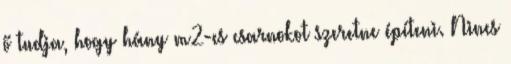
ő tudja, hogy hány m2-es csarnokot szeretne építeni. Nincs